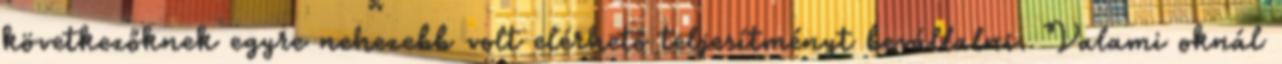
következőknek egyre nehezebb volt elérhető teljesítményt bevállalni. Valami oknál